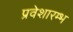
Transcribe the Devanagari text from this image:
प्रवेशारम्भ